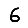
Digit: 6